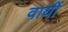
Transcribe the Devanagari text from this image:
वायीं